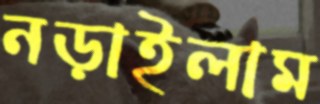
নড়াইলাম